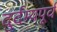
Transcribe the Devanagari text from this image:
दुर्दम्यपूर्व